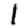
Digit: 1